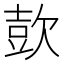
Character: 㰻